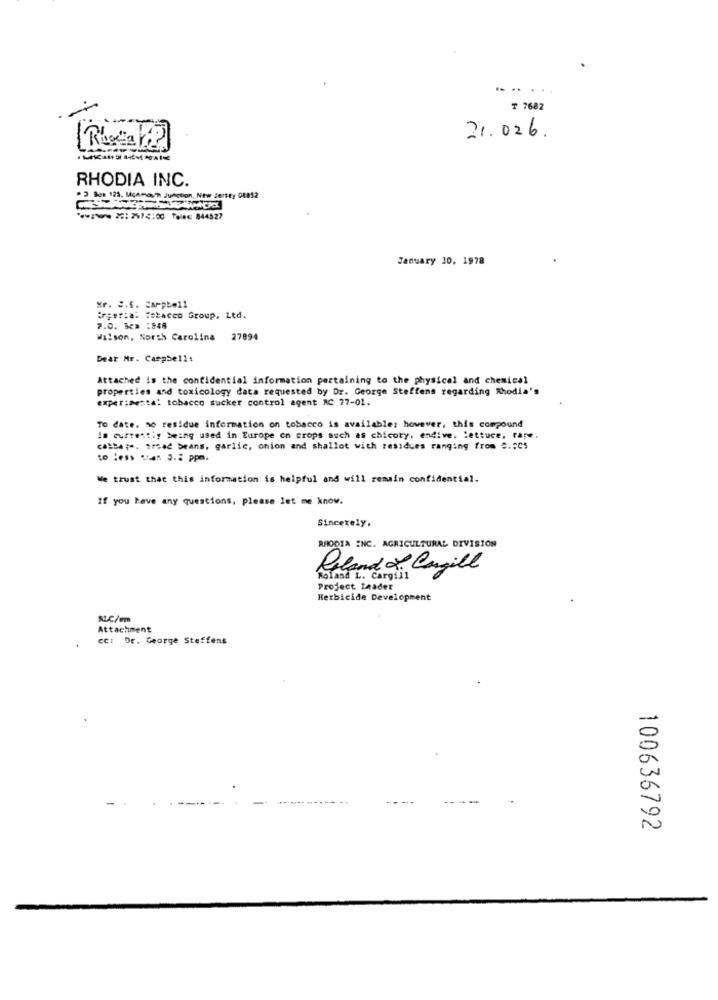
.......
₸ 7682
21.026
[Rlocale]
RHODIA INC.
P3 Bce 123. Mcaman Junction, New Jersey 01012
: 2: 2512:00 Telec 844527
January 30, 1978
xr. S.5. = arpb=11
:rger:a: Tobacco Group, Ltd.
7.0. 5cm :558
Wilson, North Carolina 27894
Dear Mr. Campbell:
Attached is the confidential information pertaining to the physical and chemical
properties and toxicology data requested by Dr. George Steffens regarding Rhodia's
experimental tobacco sucker control agent AC 77-01.
To date. so residue information on tobacco is available; however, this compound
is currently being used in Europe en crops such as chicory. endive. lettuce. rape.
cable ;. iread beans, garlic, onion and shallot with residues ranging from C.5CS
to less ses 0.2 ppm.
We trust that this information is helpful and will remain confidential.
If you have any questions, please let me know.
Sincerely.
RHODIA INC. AGRICULTURAL DIVISION
Reland a Cargill
Roland L. Cargill
Project Leader
Herbicide Development
ALC/Fm
Attachment
: Dr. George Steffens
100636792